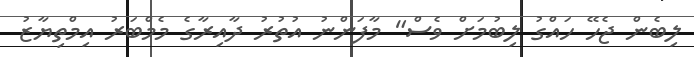
ލިބެން ޖެހޭ ހައްގު ލިބުމަށް ވެސް" މާފަންނު އުތުރު ދާއިރާގެ މެމްބަރު އިމްތިޔާޒު